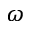
\omega